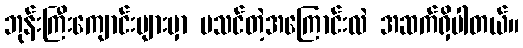
ဘုန်းကြီးကျောင်းများမှာ မသင်တဲ့အကြောင်းလဲ အဆက်ရှိပါတယ်။